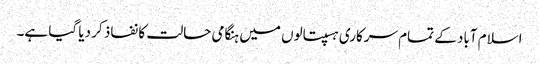
اسلام آباد کے تمام سرکاری ہسپتالوں میں ہنگامی حالت کا نفاذ کر دیا گیا ہے۔